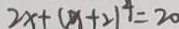
2 x + ( x + 2 ) ^ { 4 } = 2 0